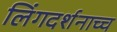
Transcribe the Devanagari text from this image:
लिंगदर्शनाच्च